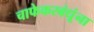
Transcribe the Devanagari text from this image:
चाफेकरबंधूंना